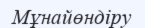
Мұнайөндіру